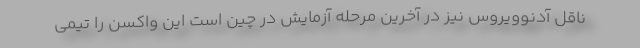
ناقل آدنوویروس نیز در آخرین مرحله آزمایش در چین است این واکسن را تیمی